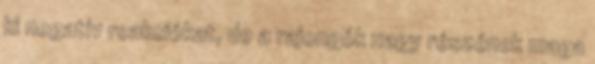
ki negatív reakciókat, de a rajongók nagy részének maga